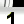
Digit: 1